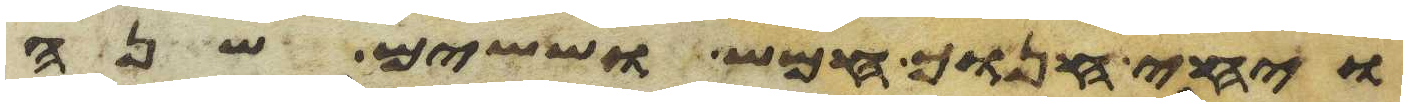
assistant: ויחי חנוך חמש וששים שנה